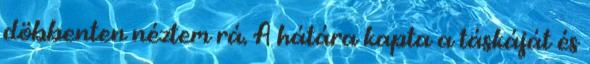
döbbenten néztem rá. A hátára kapta a táskáját és